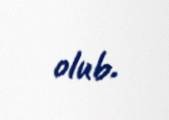
olub.